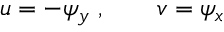
u = - \psi _ { y } \, \, , \qquad v = \psi _ { x }